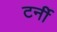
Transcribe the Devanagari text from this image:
टर्नी